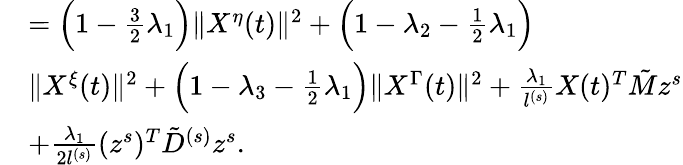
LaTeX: \begin{array}{rl}&{=\Big(1-\frac 32\lambda_{1}\Big)\| X^{\eta}(t)\| ^{2}+\Big(1-\lambda_{2}-\frac 12\lambda_{1}\Big)}\\ &{\| X^{\xi}(t)\| ^{2}+\Big(1-\lambda_{3}-\frac 12\lambda_{1}\Big)\| X^{\Gamma}(t)\| ^{2}+\frac{\lambda_{1}}{l^{(s)}}X(t)^{T}\tilde{M}z^{s}}\\ &{+\frac{\lambda_{1}}{2l^{(s)}}(z^{s})^{T}\tilde{D}^{(s)}z^{s}.}\end{array}